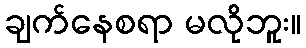
ချက်နေစရာ မလိုဘူး။